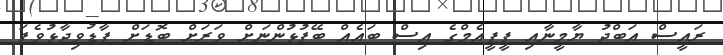
ރައީސް އަބްދު ޔާމީނާއި ޕީޕީއެމްގެ އިސް ބައެއް ބޭފުޅުންނަށް ވަރަށް ބޮޑަށް ފާޑުވިދާޅުވެފަ